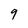
Character: 9